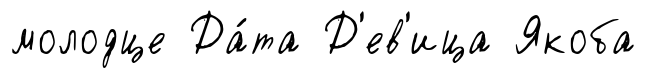
молодце Да́та Д'ев'ица Якоба